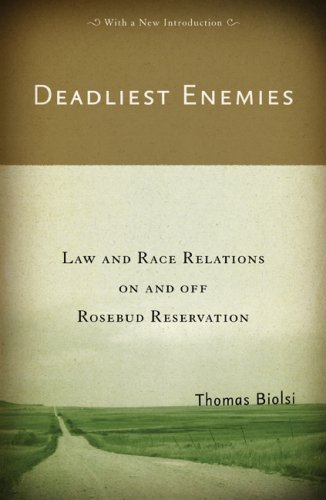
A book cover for Deadliest Enemies: Law and Race Relations on and off Rosebud Reservation; Thomas Biolsi; Law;